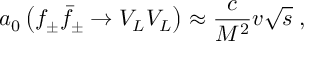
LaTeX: a _ { 0 } \left( f _ { \pm } \bar { f } _ { \pm } \to V _ { L } V _ { L } \right) \approx \frac { c } { M ^ { 2 } } v \sqrt s \; ,